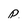
Character: p